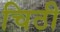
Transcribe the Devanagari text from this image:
चिठी